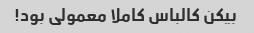
بیکن کالباس کاملا معمولی بود!